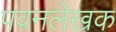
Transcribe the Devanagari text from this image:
पवनलेखक